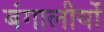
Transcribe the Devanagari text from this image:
बंगालीयों